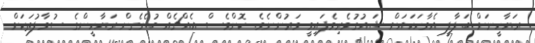
ރަޔާހީނަށް ބަލާލީ އެވާހަކައަށް ޝައުގުވެރިވެފައިވީ ވަރުންނެވެ. ކޮންމެސް އެއްޗެއް ބުނެގެން ރަޔާހީންގެ ސުވާލުތަކަށް